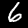
Digit: 6